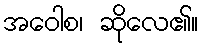
အဝေါစ၊ ဆိုလေ၏။